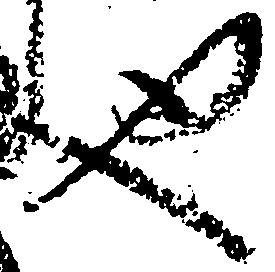
也